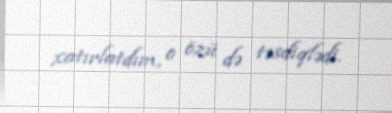
xatırlatdım, o özü də təsdiqlədi.